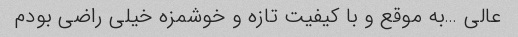
عالی …به موقع و با کیفیت تازه و خوشمزه خیلی راضی بودم